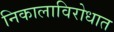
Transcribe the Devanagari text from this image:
निकालाविरोधात